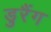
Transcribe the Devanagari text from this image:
डुरैंग